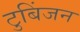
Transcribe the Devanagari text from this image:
टुबिंजन